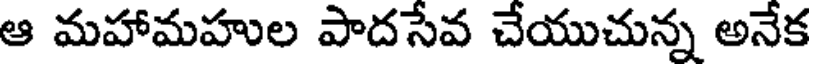
ఆ మహామహుల పాదసేవ చేయుచున్న అనేక